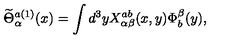
\widetilde { \Theta } _ { \alpha } ^ { a ( 1 ) } ( x ) = \int d ^ { 3 } y X _ { \alpha \beta } ^ { a b } ( x , y ) \Phi _ { b } ^ { \beta } ( y ) ,